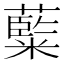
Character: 𮇽